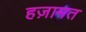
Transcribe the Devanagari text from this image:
हज़ामत